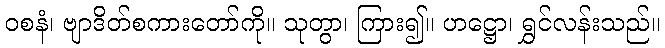
ဝစနံ၊ ဗျာဒိတ်စကားတော်ကို။ သုတွာ၊ ကြား၍။ ဟဋ္ဌော၊ ရွှင်လန်းသည်။